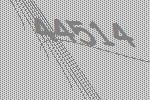
44514